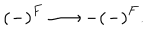
\left( - \right) ^ { F } \longrightarrow - \left( - \right) ^ { F } .